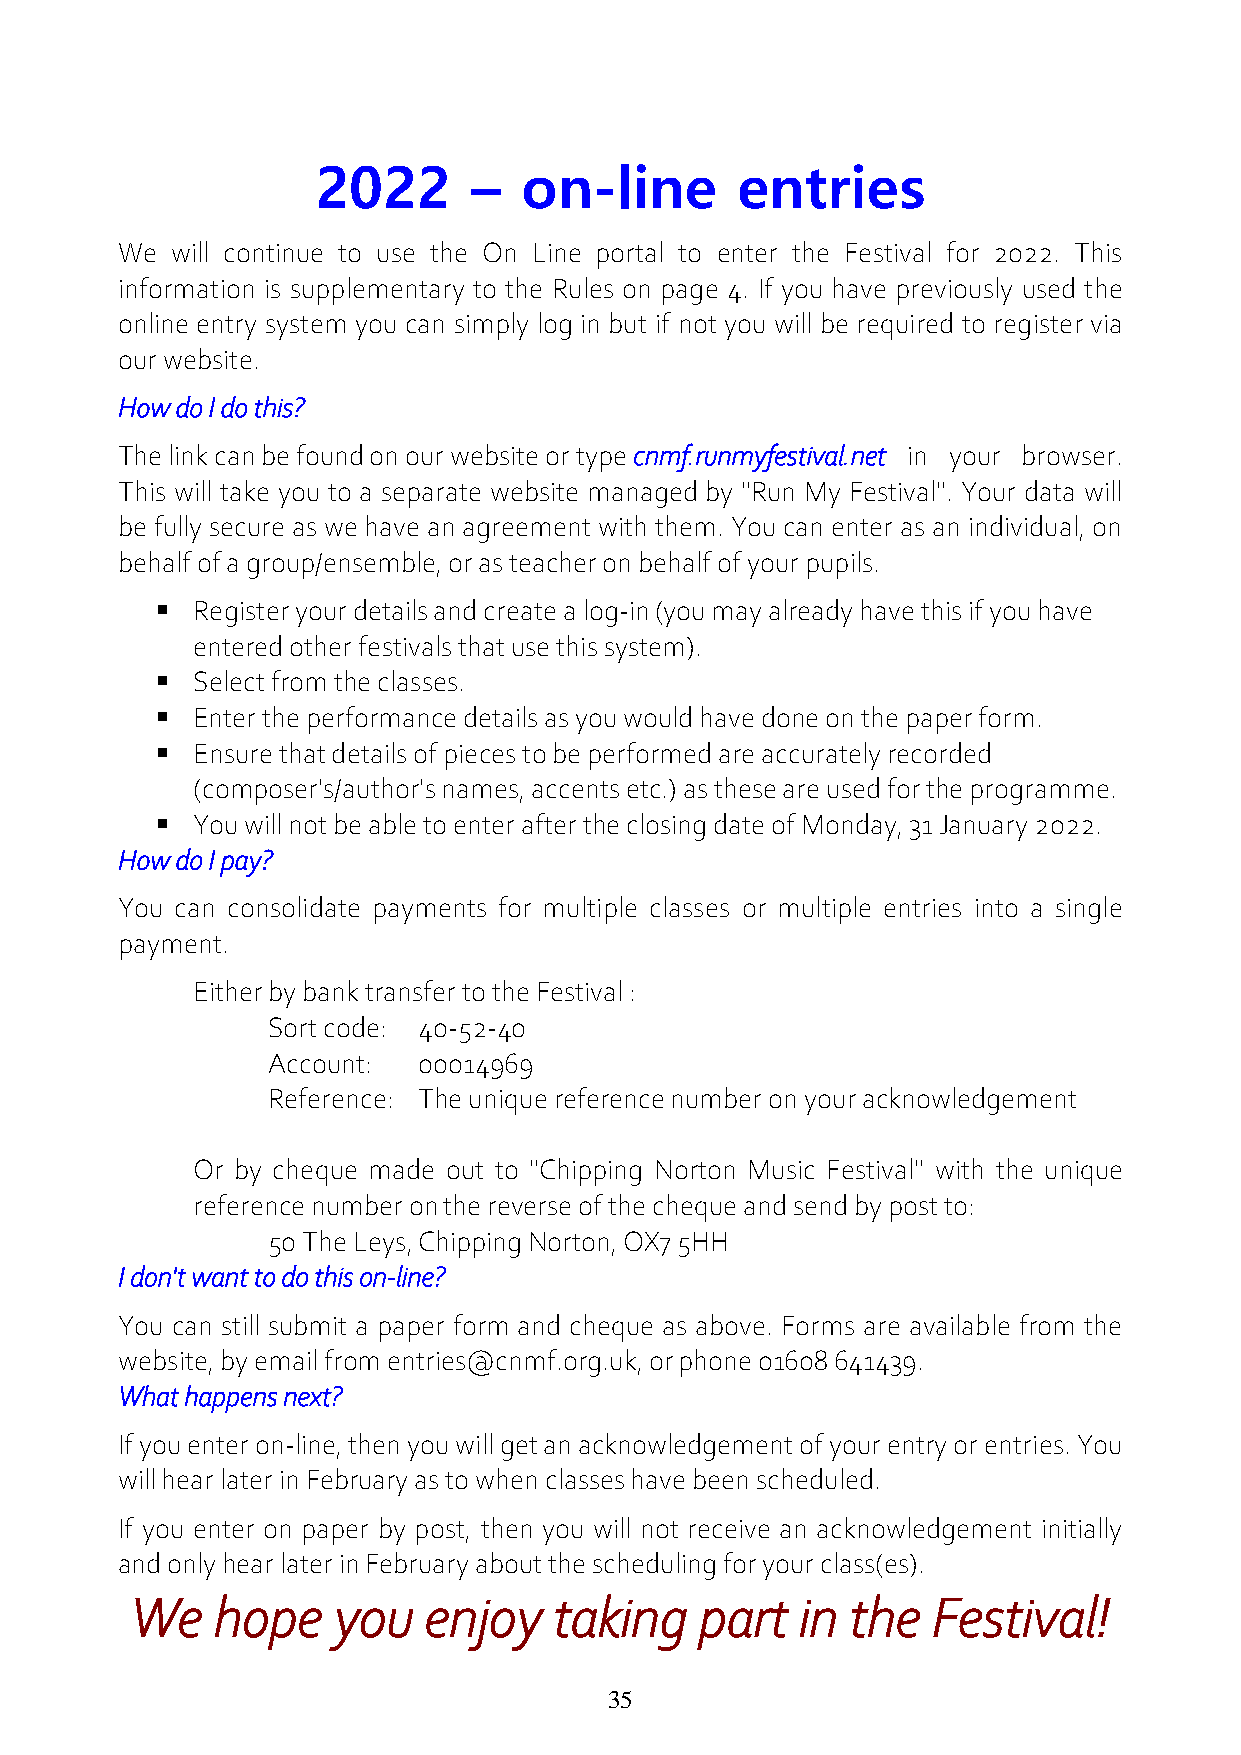
2022      –   on-line       entries
 We will continue to use the On Line portal to enter the Festival for 2022. This
 information is supplementary to the Rules on page 4. If you have previously used the
 online entry system you can simply log in but if not you will be required to register via
 our website.
 How do I do this?
 The link can be found on our website or type cnmf.runmyfestival.net in your browser.
 This will take you to a separate website managed by "Run My Festival". Your data will
 be fully secure as we have an agreement with them. You can enter as an individual, on
 behalf of a group/ensemble, or as teacher on behalf of your pupils.
   Register your details and create a log-in (you may already have this if you have
 entered other festivals that use this system).
   Select from the classes.
   Enter the performance details as you would have done on the paper form.
   Ensure that details of pieces to be performed are accurately recorded
 (composer's/author's names, accents etc.) as these are used for the programme.
   You will not be able to enter after the closing date of Monday, 31 January 2022.
 How do I pay?
 You can consolidate payments for multiple classes or multiple entries into a single
 payment.
 Either by bank transfer to the Festival :
 Sort code: 40-52-40
 Account:  00014969
 Reference: The unique reference number on your acknowledgement
 Or by cheque made out to "Chipping Norton Music Festival" with the unique
 reference number on the reverse of the cheque and send by post to:
 50 The Leys, Chipping Norton, OX7 5HH
 I don't want to do this on-line?
 You can still submit a paper form and cheque as above. Forms are available from the
 website, by email from entries@cnmf.org.uk, or phone 01608 641439.
 What happens next?
 If you enter on-line, then you will get an acknowledgement of your entry or entries. You
 will hear later in February as to when classes have been scheduled.
 If you enter on paper by post, then you will not receive an acknowledgement initially
 and only hear later in February about the scheduling for your class(es).
 We   hope    you   enjoy    taking   part   in the   Festival!
 35